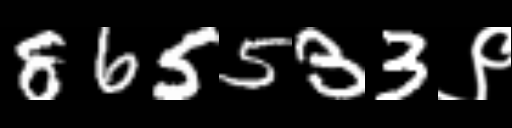
Text: 865533९